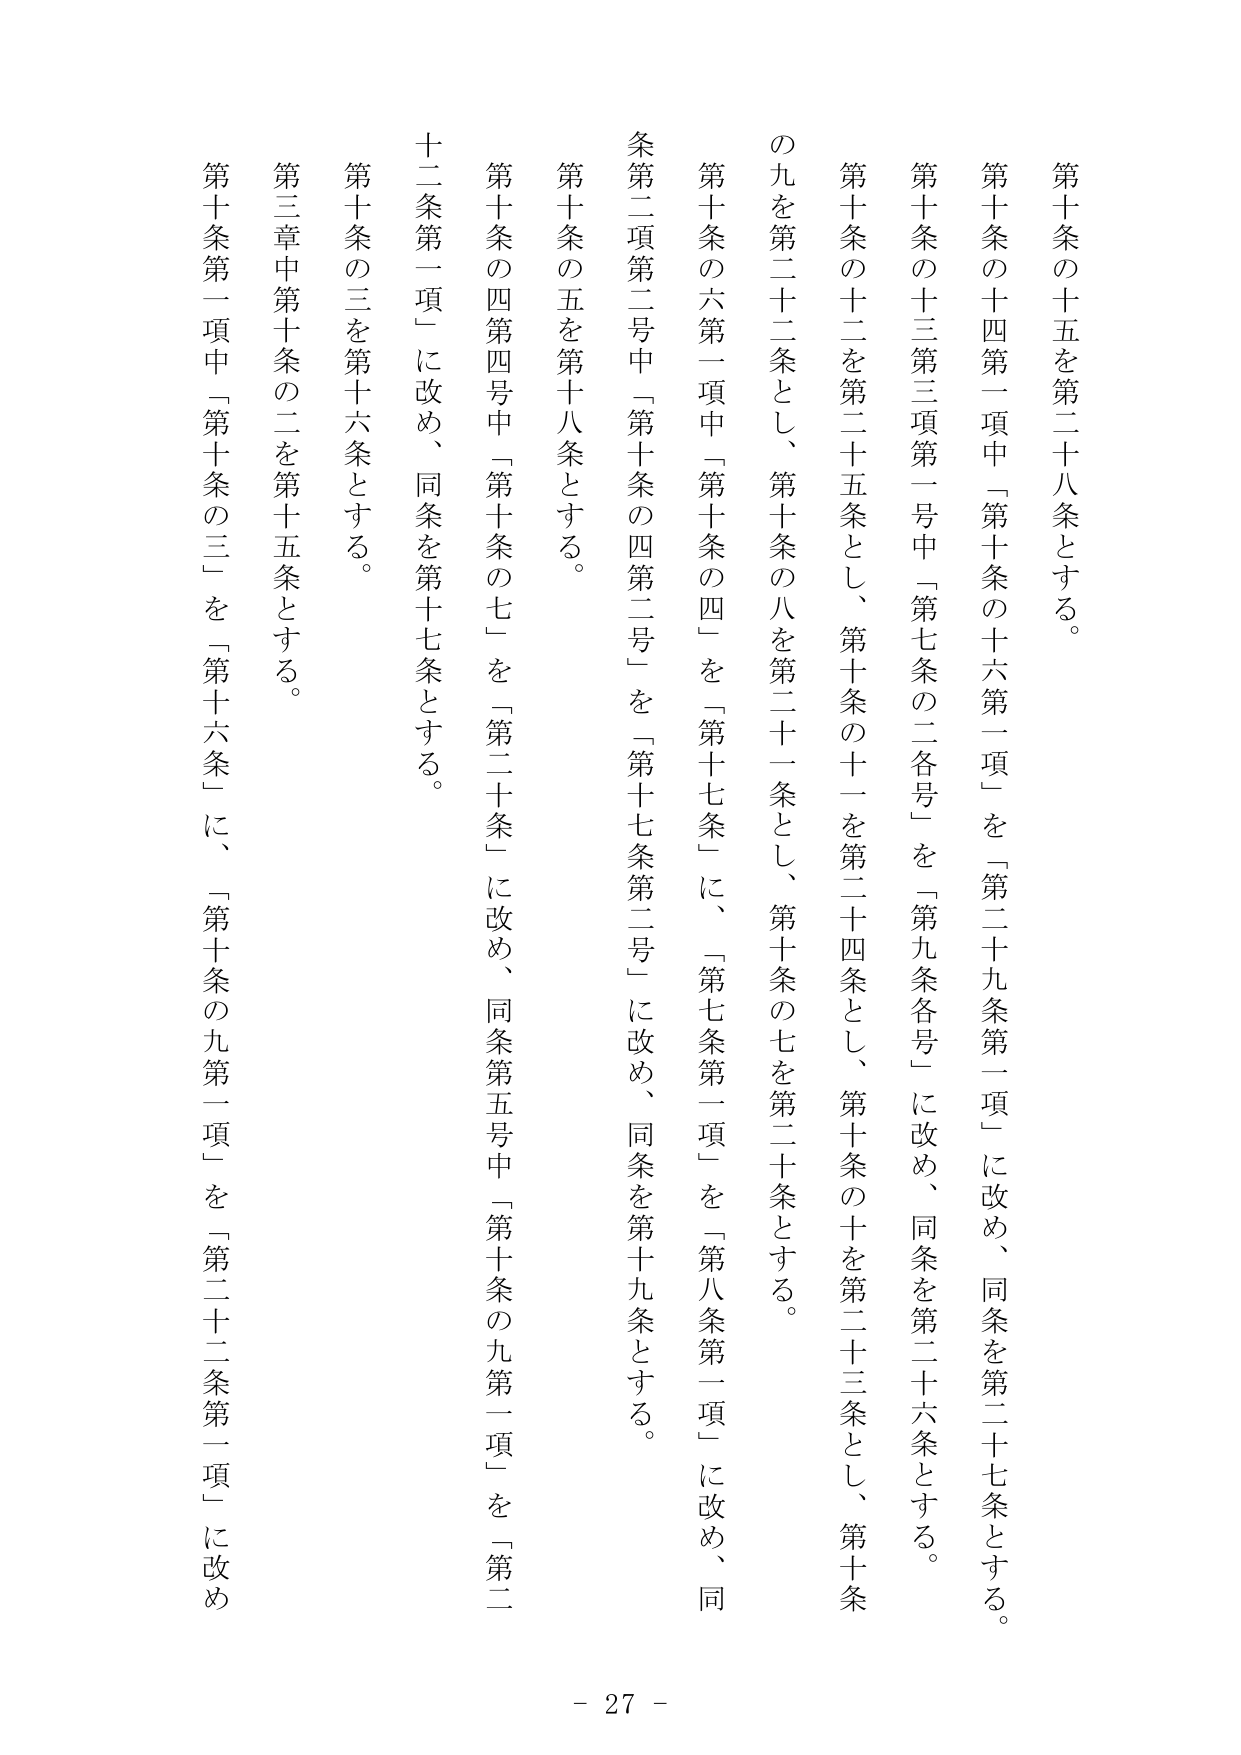
第十条の十五を第二十八条とする。

第十条の十四第一項中「第十条の十六第一項」を「第二十九条第一項」に改め、同条を第二十七条とする。

第十条の十三第三項第一号中「第七条の二各号」を「第九条各号」に改め、同条を第二十六条とする。

第十条の十二を第二十五条とし、第十条の十一を第二十四条とし、第十条の十を第二十三条とし、第十条の九を第二十二条とし、第十条の八を第二十一条とし、第十条の七を第二十条とする。

第十条の六第一項中「第十条の四」を「第十七条」に、「第七条第一項」を「第八条第一項」に改め、同条第二項第二号中「第十条の四第二号」を「第十七条第二号」に改め、同条を第十九条とする。

第十条の五を第十八条とする。

第十条の四第四号中「第十条の七」を「第二十条」に改め、同条第五号中「第十条の九第一項」を「第二十二条第一項」に改め、同条を第十七条とする。

第十条の三を第十六条とする。

第三章中第十条の二を第十五条とする。

第十条第一項中「第十条の三」を「第十六条」に、「第十条の九第一項」を「第二十二条第一項」に改め

- 27 -